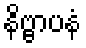
နိဗ္ဗာပနံ